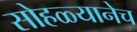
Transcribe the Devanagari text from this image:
सोहळ्यानेच